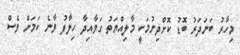
މިހާރު ބަނަދަރު ބޮޑު ކޮށްދިނުމަކީ މާލިއްޔަތު ގަވާއިދާ ހިލާފު ވާނެ ކަމަށް ވެސް